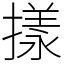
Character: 㨾